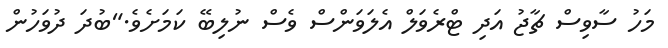
މަހު ސާވިސް ޗާޖު އަދި ޓްރެވަލް އެލަވަންސް ވެސް ނުލިބޭ ކަމަށެވެ."ބުދަ ދުވަހުން